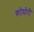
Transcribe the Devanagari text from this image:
कोमोरी